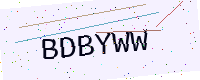
Text: BDBYWW